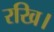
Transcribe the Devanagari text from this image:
रखि।